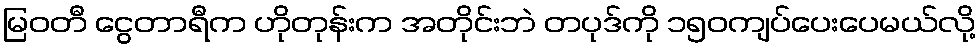
မြဝတီ ငွေတာရီက ဟိုတုန်းက အတိုင်းဘဲ တပုဒ်ကို ၁၅၀ကျပ်ပေးပေမယ်လို့